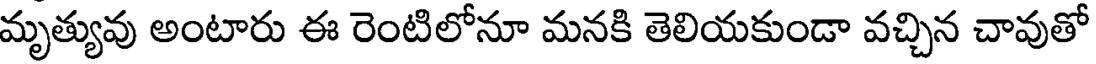
మృత్యువు అంటారు ఈ రెంటిలోనూ మనకి తెలియకుండా వచ్చిన చావుతో